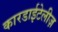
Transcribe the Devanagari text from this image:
कारडाईटेलीज़